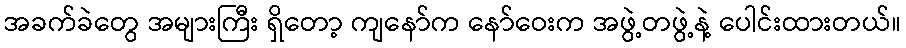
အခက်ခဲတွေ အများကြီး ရှိတော့ ကျနော်က နော်ဝေးက အဖွဲ့တဖွဲ့နဲ့ ပေါင်းထားတယ်။